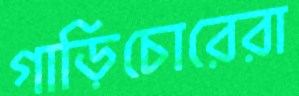
গাড়িচোরেরা